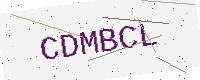
Text: CDMBCL